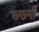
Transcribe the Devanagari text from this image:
ख्न्छना